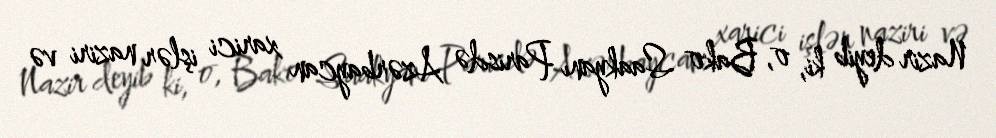
Nazir deyib ki, o, Bako Saakyanı Parisdə Azərbaycan xarici işlər naziri və